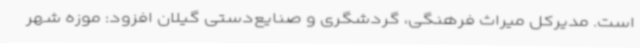
است. مدیرکل میراث فرهنگی، گردشگری و صنایع‌دستی گیلان افزود: موزه شهر